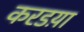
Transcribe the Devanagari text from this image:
करडय़ा